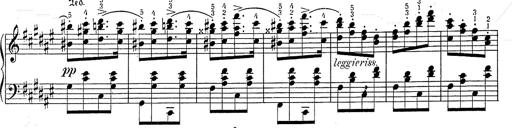
Title: Hungarian Rhapsody No.2
Composer: Franz Liszt
Key: C-sharp minor